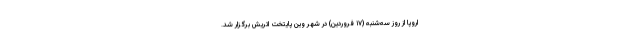
اروپا از روز سه‌شنبه (۱۷ فروردین) در شهر وین پایتخت اتریش برگزار شد.